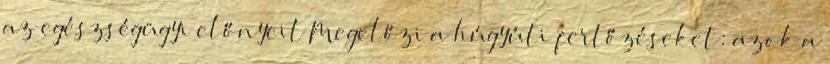
az egészségügyi előnyeit Megelőzi a húgyúti fertőzéseket: azok a